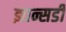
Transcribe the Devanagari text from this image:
झान्सडी